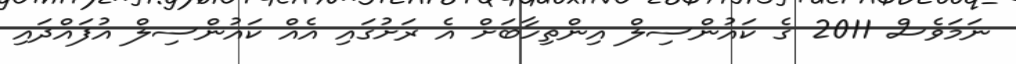
ނަމަވެސް 2011 ގެ ކައުންސިލް އިންތިހާބަށް އެ ރަށުގައި އެއް ކައުންސިލް އުފައްދައި